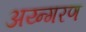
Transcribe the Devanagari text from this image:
अय्न्गरण